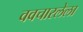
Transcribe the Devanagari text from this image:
ववचारलेला